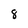
Character: 8